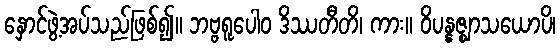
နှောင်ဖွဲ့အပ်သည်ဖြစ်၍။ ဘဗ္ဗရူပေါဝ ဒိဿတီတိ၊ ကား။ ဝိပန္နဇ္ဈာသယောပိ၊